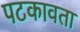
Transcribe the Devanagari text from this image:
पटकावता